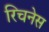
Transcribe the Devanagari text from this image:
रिचनेस